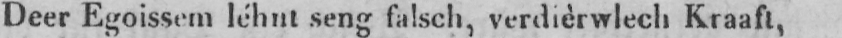
Deer Egoissem léhnt seng falsch, verdièrwlech Kraaft,